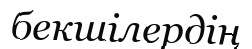
бекшілердің